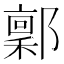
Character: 𬪙